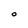
Character: O